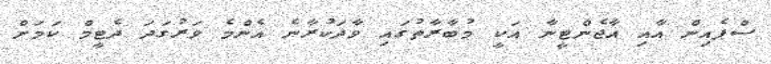
ސްޕެއިން އާއި އާޖެންޓީނާ އަކީ މުބާރާތުގައި ވާދަކުރާނެ އެންމެ ވަރުގަދަ ދެޓީމް ކަމަށް